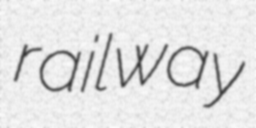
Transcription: railway